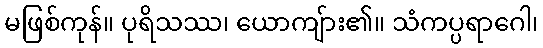
မဖြစ်ကုန်။ ပုရိသဿ၊ ယောကျ်ား၏။ သံကပ္ပရာဂေါ၊